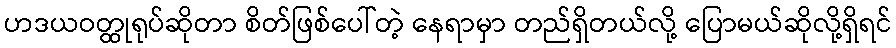
ဟဒယဝတ္ထုရုပ်ဆိုတာ စိတ်ဖြစ်ပေါ်တဲ့ နေရာမှာ တည်ရှိတယ်လို့ ပြောမယ်ဆိုလို့ရှိရင်